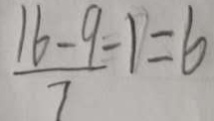
\frac { 1 6 - 9 - 1 } { 7 } = 6